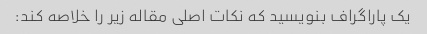
یک پاراگراف بنویسید که نکات اصلی مقاله زیر را خلاصه کند: